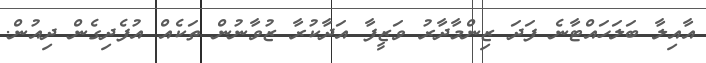
އާއިލާ ބަލަހައްޓާނެ ފަދަ ޒިންމާދާރު ވަޒީފާ އަދާކުރާ ޒުވާނުން ތަކެއް އުފެދިގެން ދިއުން.